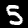
Digit: 5